Vital statistics of India. Vol. V, Reports of 1876 on armies & jails and on epidemic cholera
Year: 1876
Disease focus: Cholera
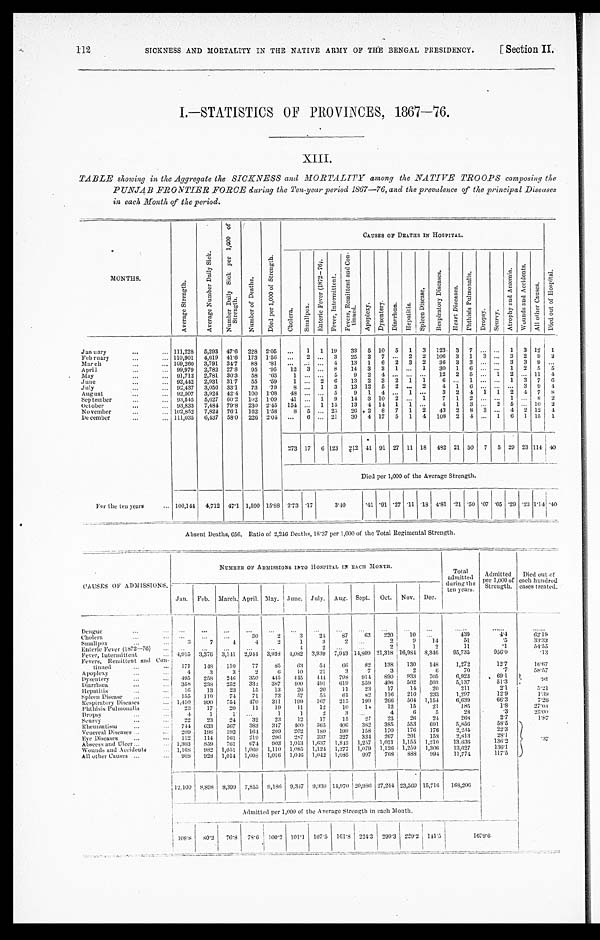
SICKNESS AND MORTALITY IN THE NATIVE ARMY OF THE BENGAL PRESIDENCY.
112
[Section II.
I.—STATISTICS OF PROVINCES, 1867—76.
XIII.
TABLE showing in the Aggregate the SICKNESS and MORTALITY among the NATIVE TROOPS composing the
PUNJAB FRONTIER FORCE during the Ten-year period 1867—76, and the prevalence of the principal Diseases
in each Month of the period.
M O N T H S .
A v e r a g e S t r e n g t h .
A v e r a g e N u m b e r D a i l y S i c k .
N u m b e r D a i l y S i c k p e r 1 , 0 0 0 o f S t r e n g t h .
N u m b e r o f D e a t h s .
D i e d p e r 1 , 0 0 0 o f S t r e n g t h .
C A U S E S O F D E A T H S I N H O S P I T A L .
D i e d o u t o f H o s p i t a l .
C h o l e r a .
S m a l l p o x .
E n t e r i c F e v e r ( 1 8 7 2 - 7 6 ) .
F e v e r , I n t e r m i t t e n t .
F e v e r s , R e m i t t e n t a n d C o n - t i n u e d .
A p o p l e x y .
D y s e n t e r y .
D i a r r h œ a .
H e p a t i t i s .
S p l e e n D i s e a s e s .
R e s p i r a t o r y D i s e a s e s .
H e a r t D i s e a s e s .
P h t h i s i s P u l m o n a l i s .
D r o p s y .
S c u r v y .
A t r o p h y a n d A n æ m i a .
W o u n d s a n d A c c i d e n t s .
A l l o t h e r C a u s e s .
January . . .
111,228
5,293 47.6
228 2.05
. . .
1
1 19
33
5 10
5
1
3
123
3
7
. . .
. . . 1
3 12
1
February . . .
110,901
4,619 41.6
173
1.56
. . .
2
. . . 3
25
2
7
. . . 2
2
106
3
1
3
. . . 3
2
9
3
March . . .
109,260
3,791
34.7
88
.81
. . .
. . .
. . . 4
13
1
6
2
3
2
36
3
3
. . .
. . . 3
3
9
. . .
April . . .
99,979
2,782
27.8
95
.95
12
3
. . . 8
14
3
3
1
. . . 1
30
1
6
. . .
. . . 1
2
5
5
May . . .
91,712
2,781
30.3
58
.63
1
. . .
. . .
5
9
2
4
. . .
. . .
. . .
12
2
5
. . . 1
2
. . . 11
4
June . . .
92,442
2,931
31.7
55
.59
1
. . . 2
6
13
2
3
2
1
1
6
. . . 1
. . .
. . . 1
3
7
6
July . . .
92,437
3,056 33.1
73
.79
8
. . . 1
3
13 12
5
2
. . . 2
4
1
6
. . .
. . .
. . . 3
9
4
August . . .
92,507
3,924 42.4
100
1.08
48
. . .
. . . 5
9
1
4
. . . 1
. . .
3
2
4
1
1
2
4
7
8
September . . .
93,545
5,627 60.2
102 1.09
41
. . . 1
9
14
3 10
2
. . . 1
7
1
2
. . .
. . . 1
. . .
8 2
October . . .
93,833
7,4 84 79.8
230 2.45
154
. . . 1 15
13
4 14
1
1
. . .
4
1
3
. . . 2
5
. . . 10
2
November . . .
102,852
7,824
76.1
162
1.58
8
5
. . . 25
26 2
8
7
1
2
43
2
8
3
. . . 4
2 12
4
December . . .
111,035
6, 437 58.0
226 2.04
. . .
6
. . . 21
30
4 17
5
1
4
108
2
4
. . . 1
6 1
15
1
273 17
6 123
212 41 91 27 11 18
482 21 50
7
5 29 23 114 40
Died per 1,000 of the Average Strength.
For the ten years . . . 100,144 4,712
47.1 1,590 15.88 2.73 .17
3.40
.41 .91 .27 .11 .18 4.81 .21 .50 .07 .05 .29 .23 1.14 .40
Absent Deaths, 656. Ratio of 2,246 Deaths, 18.37 per 1,000 of the Total Regimental Strength,
CAUSES OF ADMISSIONS.
NUMBER OF ADMISSIONS INTO HOSPITAL IN EACH MONTH.
Total
admitted
during the
ten years.
Admitted
per 1,000 of
Strength.
Died out of
each hundred
cases treated.
Jan.
Feb.
March. April. May. June. July.
Aug. Sept.
Oct.
Nov.
Dec.
Dengue . . .
. . .
. . .
. . .
. . .
. . . . . .
. . .
. . .
. . .
. . .
. . .
. . .
. . .
. . .
. . .
. . .
30
2
3
24
87
63
220
10
. . .
439
4.4
62.19
Cholera . . .
. . .
. . .
51
. 5
33.33
14
Smallpox . . .
3
7
4
4
2
1
3
2
. . .
2
9
1
2
11
.1
54.55
. . .
. . .
. . .
. . .
. . .
4
2
. . .
. . .
2
Enteric Fever (1872—76) . . .
3,939
7,943 14,809 21,318 16,984 8,346
95,735
956.0
.13
Fever, Intermittent . . .
4,915
3,376 3,141
2,944
3,938 4,082
Fevers, Remittent and Con-
tinued . . .
1 7 1
148
110
77
85
63
54
66
82
138
130
148
1,272
12.7
16.67
70
.7
58.57
Apoplexy . . .
4
3
3
2
6
10
21
3
7
3
2
6
69.1
495
258
246
350
445
445
444
798
914
890
933
705
6,923
.98
Dysentery . . .
51.3
Diarrhœa . . .
358
238
252
332
387
400
491
619
5 5 9
496
502
503
5,137
5.21
2.1
23
17
14
20
211
Hepatitis . . .
16
13
23
15
13
26
20
11
82
116
210
233
1,297
12.9
1. 39
Spleen Disease . . .
155
110
74
71
73
57
55
6 1
199
266
504
1,154
6,639
66.3
7.26
Respiratory Diseases . . .
1,410
990
754
470
311
199
167
215
1.8
23
17
20
11
19
11
12
10
1 4
12
15
21
185
27.03
Phthisis Pulmonalis . . .
.3
Dropsy . . .
4
1
1
. . .
1
1
2
3
. . .
4
6
5
28
25.00
23
12
17
15
27
23
26
24
268
2.7
1 . 8 7
22
23
24
32
Scurvy . . .
347
400
365
406
382
385
553
691
5,856
58.5
.37
633
567
383
744
Rheumatism . . .
164
209
202
180
199
158
170
176
176
2,234
22. 3
209
198
193
Venereal Diseases . . .
28.1
2,813
Eye Diseases . . .
112
114
161
219
296
287
337
327
334
267
201
158
13,636
136.2
Abscess and Ulcer . . .
1,303
859
761
674
903
1,013
1,637
1,843
1,257
1,021
1,155
1,210
13,627
136.1
1,168
982
1,051
1,069 1,110
1,085
1,124
1,277
1,079 1,126
1,250
1,306
Wounds and Accidents . . .
928
1,014
1,008
1,016 1,046 1,042
1,085
997
768
888
994
11,774
117.5
988
All other Causes . . .
12,100
8,898
8,399
7,855
9,186
9,347
9,936 14,970 20,986 27,244 23,569 15,716
168,206
Admitted per 1,000 of the Average Strength in each Month.
108.8 80.2
76.8
78.6
100.2 101.1
107.5
161.8
224.3
290.3 229.2
1 4 1 . 5
1 6 7 9 . 6